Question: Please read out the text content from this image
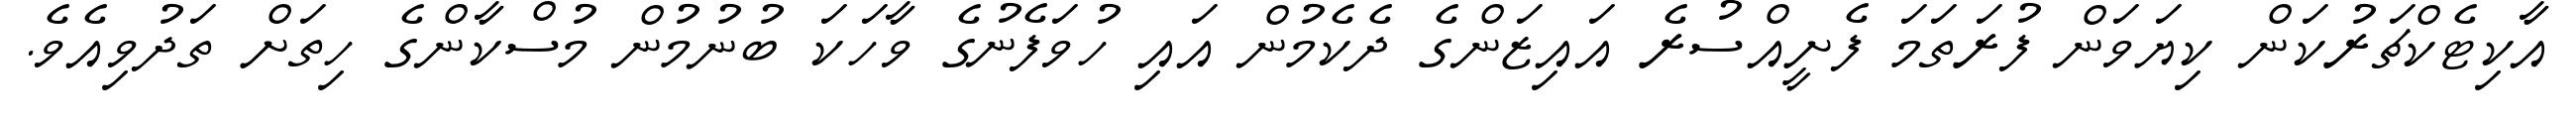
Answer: އާކިޓެކްޗަރުކަން ކިޔަވަން ފުރަތަމަ ފެށީއްސުރެ އައިޒަންގެ ދެކެމުން އައި ހުވަފެނުގެ ވާހަކަ ބުނުމުން މުސްކާންގެ ހިތަށް ތަދުވިއެވެ.